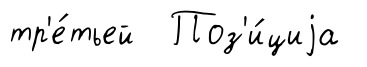
тр'е́тьей Поз'и́циjа